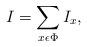
LaTeX: \begin{align*}I= \sum\limits_{x \epsilon \Phi} I_x,\end{align*}